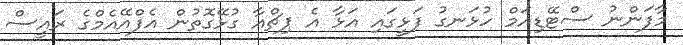
މާފަންނު ސްޓޭޑިއަމް ހުޅަނގު ފަޅީގައި އަޅާ އެ ޕިޗްއާ ގުޅޭގޮތުން އެފްއޭއެމްގެ ރައީސް